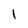
Character: I